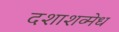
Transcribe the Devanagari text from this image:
दशाशव्मेध